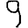
Digit: 9